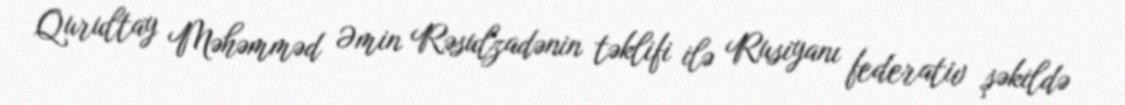
Qurultay Məhəmməd Əmin Rəsulzadənin təklifi ilə Rusiyanı federativ şəkildə